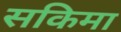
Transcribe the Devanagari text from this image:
सकिमा